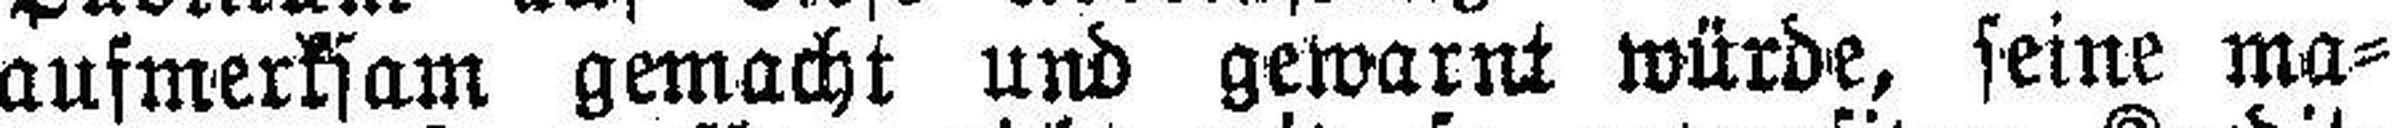
aufmerksam gemacht und gewarnt würde, seine ma¬